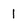
Character: 1